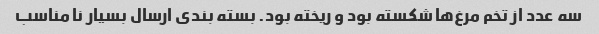
سه عدد از تخم مرغ‌ها شکسته بود و ریخته بود. بسته بندی ارسال بسیار نا مناسب